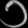
Digit: ၁